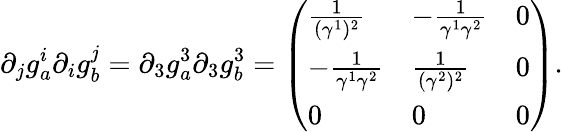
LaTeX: \partial_{j}g_{a}^{i}\partial_{i}g_{b}^{j}=\partial_{3}g_{a}^{3}\partial_{3}g_{b}^{3}=\left(\begin{array}{lll}{\frac{1}{(\gamma^{1})^{2}}}&{-\frac{1}{\gamma^{1}\gamma^{2}}}&{0}\\ {-\frac{1}{\gamma^{1}\gamma^{2}}}&{\frac{1}{(\gamma^{2})^{2}}}&{0}\\ {0}&{0}&{0}\end{array}\right).